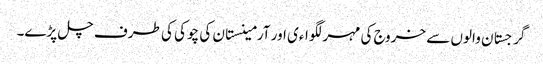
گرجستان والوں سے خروج کی مہر لگواءی اور آرمینستان کی چوکی کی طرف چل پڑے۔